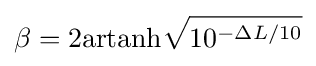
\beta =2\mathrm {artanh} {\sqrt {10^{-\Delta L/10}}}